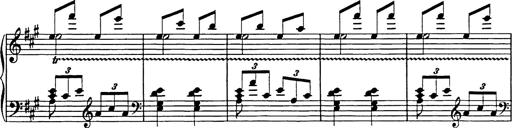
Title: Galop in A minor
Composer: Franz Liszt
Key: A minor